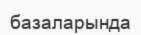
базаларында